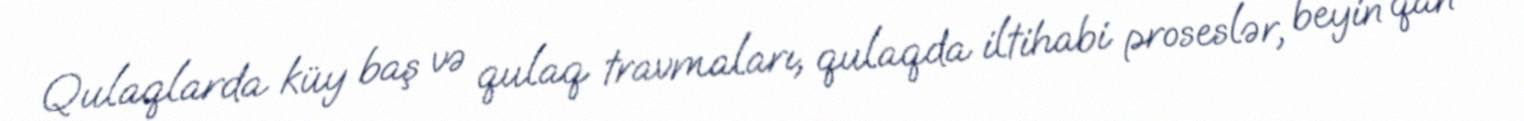
Qulaqlarda küy baş və qulaq travmaları, qulaqda iltihabi proseslər, beyin qan